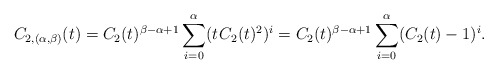
\begin{align*}C_{2,(\alpha,\beta)}(t) = C_2(t)^{\beta-\alpha+1} \sum_{i=0}^\alpha (t \kern+1pt C_2(t)^2)^i = C_2(t)^{\beta-\alpha+1} \sum_{i=0}^\alpha (C_2(t)-1)^i.\end{align*}